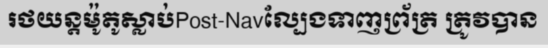
រថយន្តម៉ូតូស្លាប់Post-Navល្បែងទាញព្រ័ត្រ ត្រូវបាន